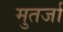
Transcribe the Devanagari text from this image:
मुतर्जा